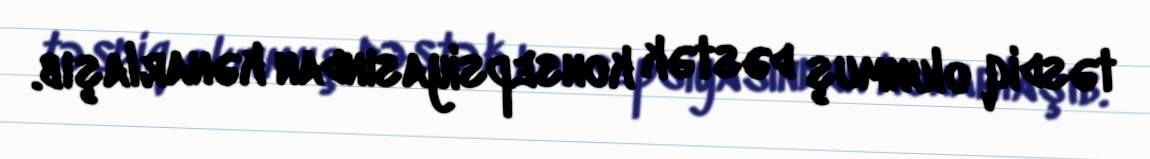
təsdiq olunmuş dəstək konsepsiyasından kənarlaşıb.